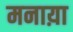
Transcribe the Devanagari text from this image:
मनाय़ा